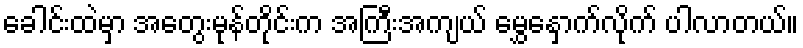
ခေါင်းထဲမှာ အတွေးမုန်တိုင်းက အကြီးအကျယ် မွှေနှောက်လိုက် ပါလာတယ်။